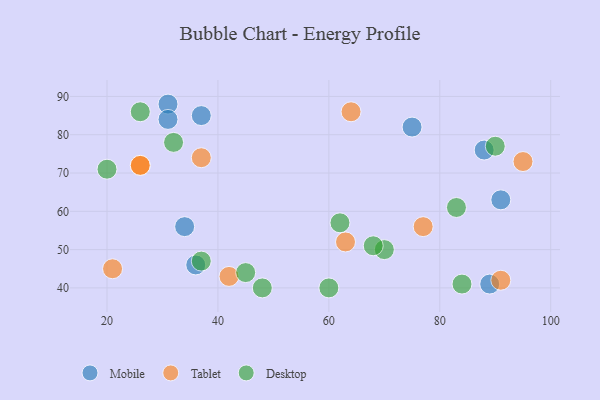
{"axis": {"x": "GDP", "y": "Life Expectancy"}, "legend": ["Desktop", "Mobile", "Tablet"], "data": [{"x": "91", "y": 63, "type": "Mobile"}, {"x": "88", "y": 76, "type": "Mobile"}, {"x": "89", "y": 41, "type": "Mobile"}, {"x": "31", "y": 88, "type": "Mobile"}, {"x": "36", "y": 46, "type": "Mobile"}, {"x": "75", "y": 82, "type": "Mobile"}, {"x": "34", "y": 56, "type": "Mobile"}, {"x": "37", "y": 85, "type": "Mobile"}, {"x": "31", "y": 84, "type": "Mobile"}, {"x": "42", "y": 43, "type": "Tablet"}, {"x": "64", "y": 86, "type": "Tablet"}, {"x": "77", "y": 56, "type": "Tablet"}, {"x": "37", "y": 74, "type": "Tablet"}, {"x": "26", "y": 72, "type": "Tablet"}, {"x": "91", "y": 42, "type": "Tablet"}, {"x": "95", "y": 73, "type": "Tablet"}, {"x": "63", "y": 52, "type": "Tablet"}, {"x": "26", "y": 72, "type": "Tablet"}, {"x": "21", "y": 45, "type": "Tablet"}, {"x": "32", "y": 78, "type": "Desktop"}, {"x": "70", "y": 50, "type": "Desktop"}, {"x": "26", "y": 86, "type": "Desktop"}, {"x": "20", "y": 71, "type": "Desktop"}, {"x": "62", "y": 57, "type": "Desktop"}, {"x": "84", "y": 41, "type": "Desktop"}, {"x": "48", "y": 40, "type": "Desktop"}, {"x": "60", "y": 40, "type": "Desktop"}, {"x": "68", "y": 51, "type": "Desktop"}, {"x": "37", "y": 47, "type": "Desktop"}, {"x": "45", "y": 44, "type": "Desktop"}, {"x": "90", "y": 77, "type": "Desktop"}, {"x": "83", "y": 61, "type": "Desktop"}]}